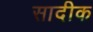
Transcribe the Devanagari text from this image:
सादीक